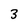
Character: 3